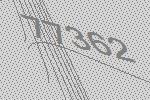
77362